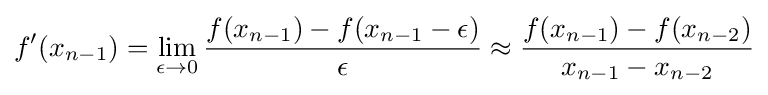
f'(x_{n-1})=\lim _{\epsilon \rightarrow 0}{\frac {f(x_{n-1})-f(x_{n-1}-\epsilon )}{\epsilon }}\approx {\frac {f(x_{n-1})-f(x_{n-2})}{x_{n-1}-x_{n-2}}}